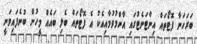
ބަރަހަނާ ފޮޓޯތައް އިންޓަނެޓުގައި އާންމުވުމާއިއެކު އެ ފޮޓޯތައް ބެލި ބައެއް މީހުން ބުނެފައިވަނީ